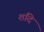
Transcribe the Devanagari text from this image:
शदि